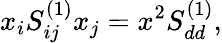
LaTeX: x_{i}S_{ij}^{(1)}x_{j}=x^{2}S_{dd}^{(1)},